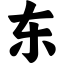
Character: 东